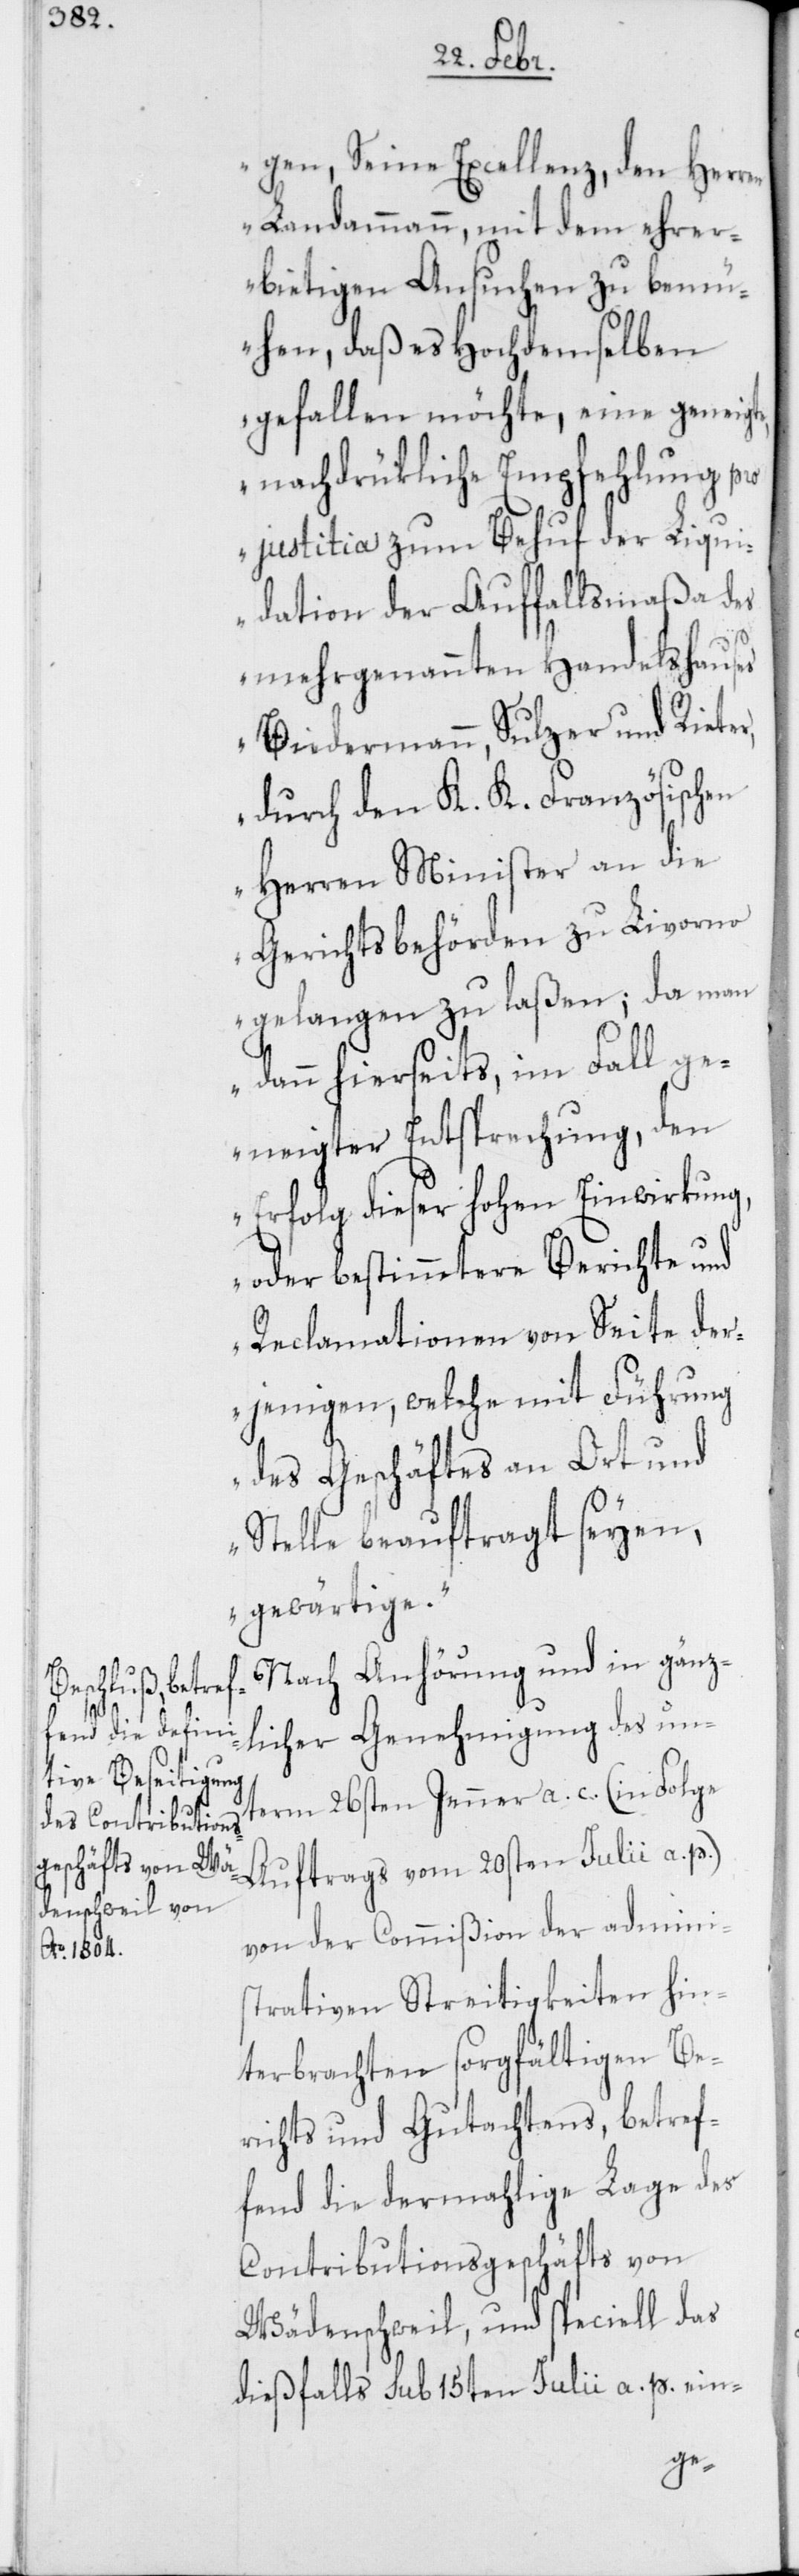
gen, Seine Excellenz den Herr¬
en Landammann, mit dem ehrer¬
bietigen Ansuchen zu bemü¬
hen, daß es Hochdemselben
gefallen möchte, eine geneigte,
nachdrükliche Empfehlung pro
justitia zum Behuf der Liqu¬
idation der Auffallsmaßa des
mehrgenannten Handelshauses
Biedermann, Sulzer und Rieter,
durch den K. K. Französischen
Gerichtsbehörden zu Livorno
gelangen zu laßen; da man
dann hierseits, im Fall ge¬
neigter Entsprechung, den
Erfolg dieser hohen Einwirkung,
oder bestimmtere Berichte und
Reclamationen von Seite der¬
jenigen, welche mit Führung
des Geschäftes an Ort und
Stelle beauftragt seyen,
gewärtige.“
Nach Anhörung und in gänz¬
licher Genehmigung des un¬
term 26sten Jenner a. c. (in Folge
Auftrags vom 20sten Julii a. p.)
von der Commißion der adminis¬
trativen Streitigkeiten hin¬
terbrachten sorgfältigen Be¬
richts und Gutachtens, betref¬
fend die dermahlige Lage des
Contributionsgeschäfts von
Wädenschweil, und speciell das
dießfalls sub 15ten Julii a. p. ein-